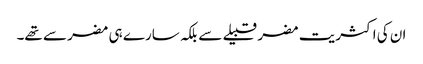
ان کی اکثریت مضر قبیلے سے بلکہ سارے ہی مضر سے تھے۔